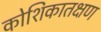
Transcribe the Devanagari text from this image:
कोशिकातक्षण